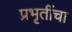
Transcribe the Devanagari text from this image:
प्रभृतींचा